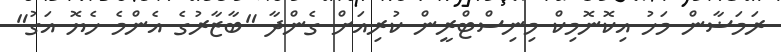
ރަމަޟާން މަހު އިކޮނޮމިކް މިނިސްޓްރީން ކުރިއަށް ގެންދާ "ބާޒާރުގެ އެންމެ ހެޔޮ އަގު"